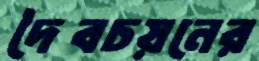
দৈবচয়নের